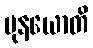
မုနယောတိ